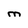
Character: M